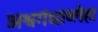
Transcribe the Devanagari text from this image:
अश्वगंधाव्लेहा